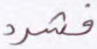
فشرد